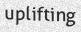
uplifting